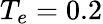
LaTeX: T_{e}=0.2